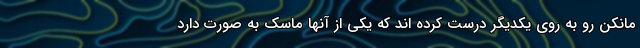
مانکن رو به روی یکدیگر درست کرده اند که یکی از آنها ماسک به صورت دارد